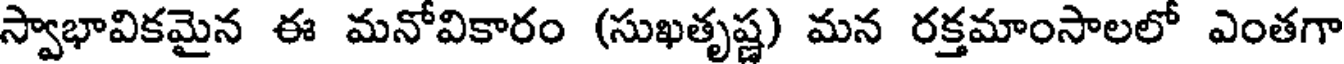
స్వాభావికమైన ఈ మనోవికారం (సుఖతృష్ణ) మన రక్తమాంసాలలో ఎంతగా